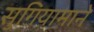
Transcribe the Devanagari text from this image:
सुगियामाने